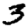
Digit: 3